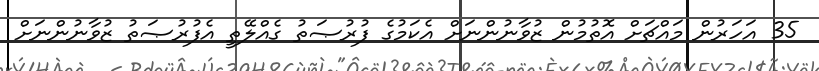
35 އަހަރުން މައްޗަށް އޮތުމުން ޒުވާނުންނަށް އެކަމުގެ ފުރުޞަތު ގެއްލޭތީ އެފުރުޞަތު ޒުވާނުންނަށް